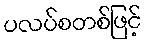
ပလပ်စတစ်ဖြင့်